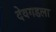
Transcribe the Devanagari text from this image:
देवगडला